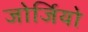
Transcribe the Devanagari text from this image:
जोर्जियो